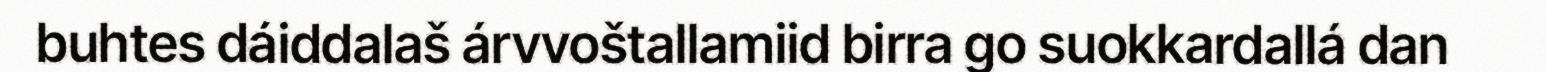
buhtes dáiddalaš árvvoštallamiid birra go suokkardallá dan